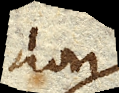
non